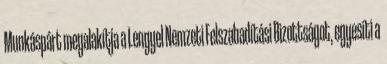
Munkáspárt megalakítja a Lengyel Nemzeti Felszabadítási Bizottságot, egyesíti a